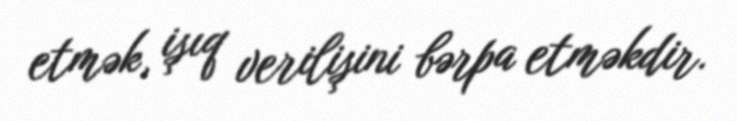
etmək, işıq verilişini bərpa etməkdir.